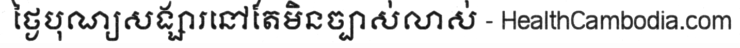
ថ្ងៃបុណ្យសង្សារនៅតែមិនច្បាស់លាស់ - HealthCambodia.com